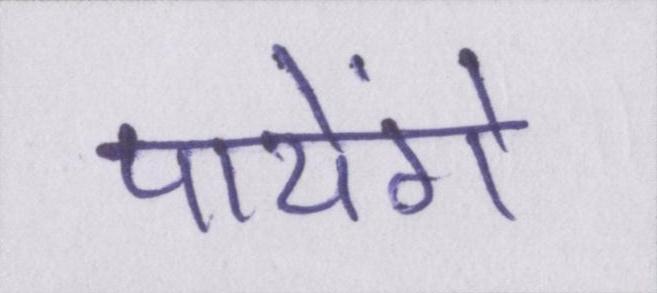
पायेंगे